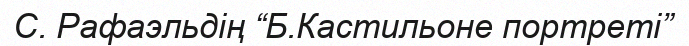
С. Рафаэльдің “Б.Кастильоне портреті”